Tezpur Lunatic Asylum reports 1877-1894 - 1877-1894
Year: 1877
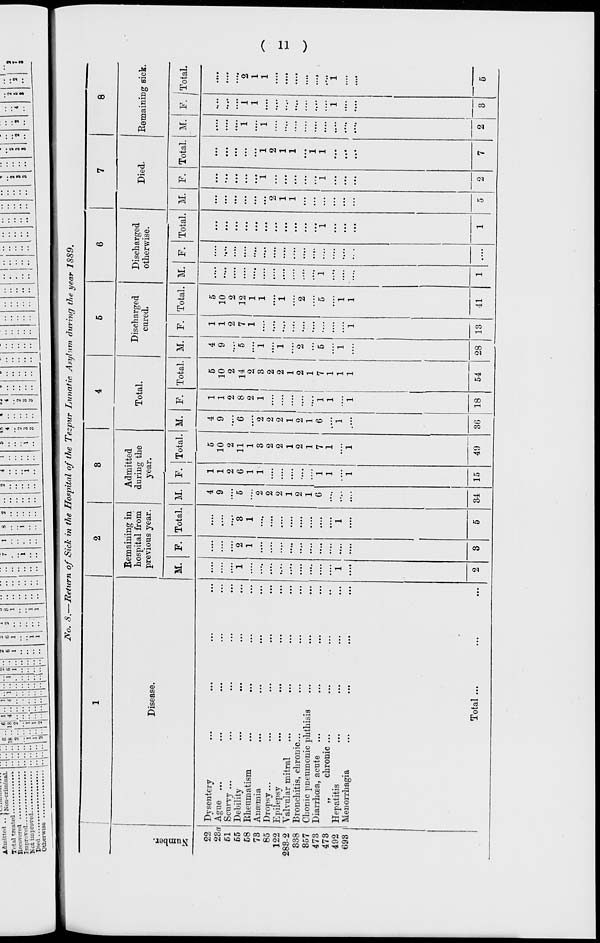
Admitted .. j sou-criminal.
T'tal treated
Becovered
Improved
Uot improved
Died
Otherwise
••••••
|6..|«|1|
!i8 ..118 4
2'
•ii
ii-
•l-| •
1
8
2
2
4
i
• •
i
,
"
i
4
3
8
a
2Vo. 8.—Return of Sick in the Hospital of the Tezpur Lunatic Asylum during the year 1889.
6
8
■-
o
s
!Z5
Disease.
Bemaining in
hospital from
previous year.
Admitted
during the
year.
Total.
Discharged
cured.
Discharged
otherwise.
M. F. Total. M. F. Total. M. F. Total. M. F. Total. M. F. Total.
22
23a
61
65
68
78
65
122
288-2
338
857
473
473
492
093
Dysentery
Ague ...
Scurvy ...
Debility
Rheumatism
Aujemia
Dropsy...
Epilepsy
Valvular mitral
Bronchitis, chronic...
Chonic pneumonic phthisis
Diarrhoea, acute
,,
chronic ...
Hepatitis
Menorrhagia
Total ...
2
1
3
1
2
2
2
1
2
1
6
34
1
1
2
0
1
1
15
5
10
2
11
1
3
2
2
1
2
1
7
1
49
4
9
2
2
1
2
1
6
36
1
1
2
8
2
1
1
1
18
5
10
2
14
2
3
2
2
1
2
54
4
1
9
1
2
5
7
1
1
1
2
5
1
28 13
5
10
2
12
1
1
5
41
M.
2
1
1
Died.
F.
Remaining sick.
Total.
1
2
1
1
i
1
M. F. Total.
2
3
2
1
1